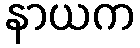
နာယက